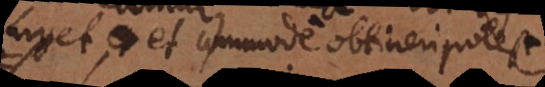
urget, et commode obtineri potest.